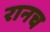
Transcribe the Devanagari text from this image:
रानच